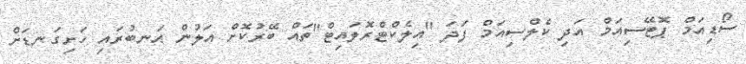
ސޯޑިއަމް ޕޮޓޭސިއަމް އަދި ކެލްސިއަމް ފަދަ ''އިލެކްޓްރޮލައިޓް''ތައް ބޭރުކޮށް އަލުން އަނބުރައި ހަށިގަނޑަށް